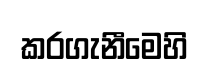
කරගැනීමෙහි